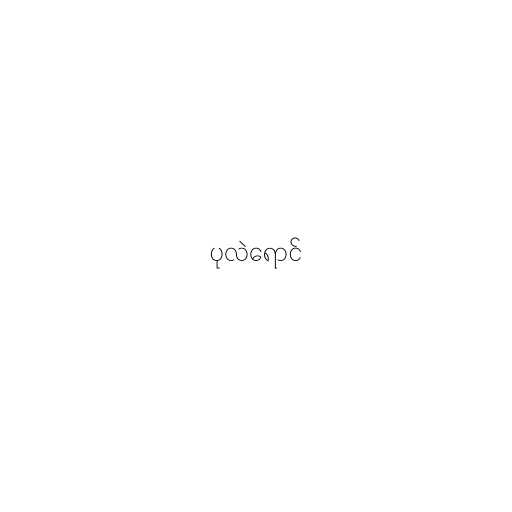
ပုလဲရောင်